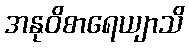
အနုဝိစာရေယျာသိ